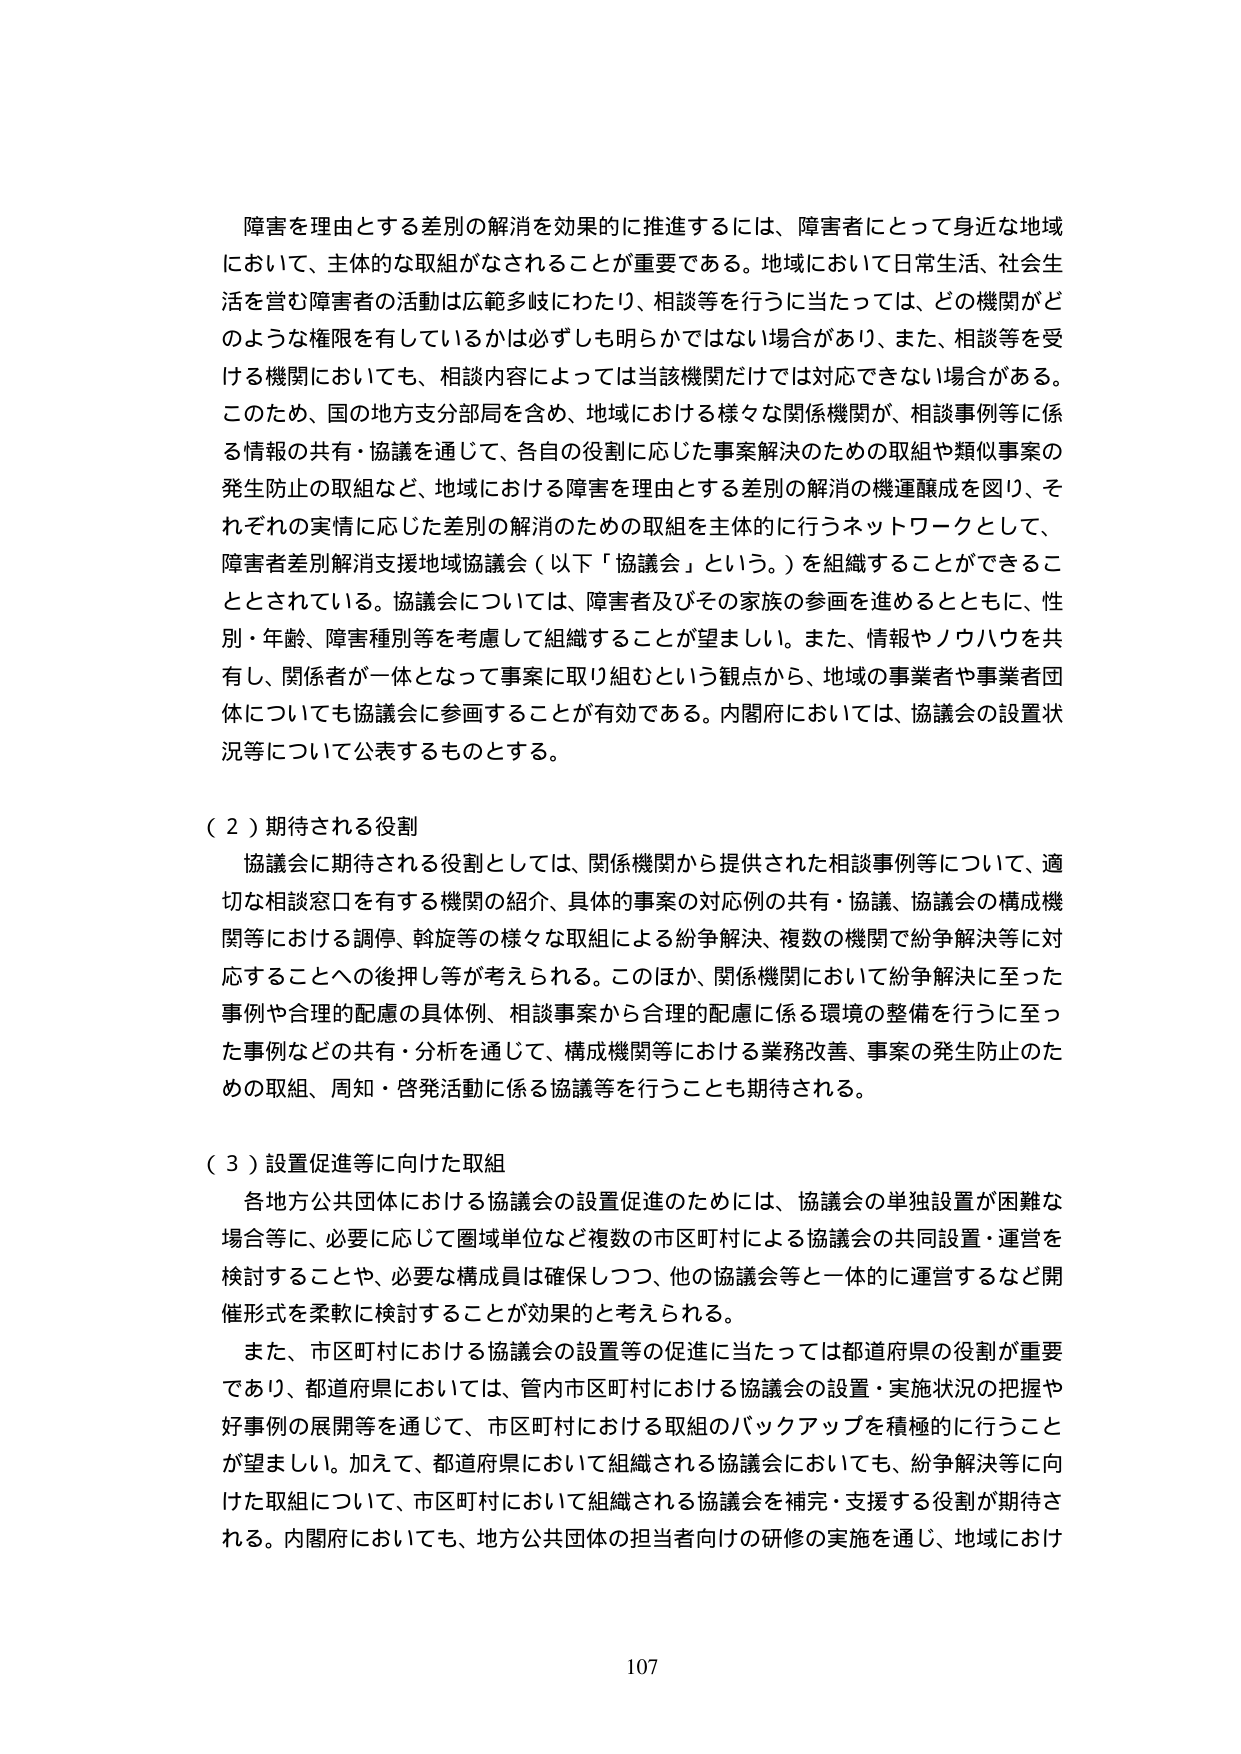
障害を理由とする差別の解消を効果的に推進するには、障害者にとって身近な地域において、主体的な取組がなされることが重要である。地域において日常生活、社会生活を営む障害者の活動は広範多岐にわたり、相談等を行うに当たっては、どの機関がどのような権限を有しているかは必ずしも明らかではない場合があり、また、相談等を受ける機関においても、相談内容によっては当該機関だけでは対応できない場合がある。このため、国の地方支分部局を含め、地域における様々な関係機関が、相談事例等に係る情報の共有・協議を通じて、各自の役割に応じた事案解決のための取組や類似事案の発生防止の取組など、地域における障害を理由とする差別の解消の機運醸成を図り、それぞれの実情に応じた差別の解消のための取組を主体的に行うネットワークとして、障害者差別解消支援地域協議会（以下「協議会」という。）を組織することができるこ ととされている。協議会については、障害者及びその家族の参画を進めるとともに、性別・年齢、障害種別等を考慮して組織することが望ましい。また、情報やノウハウを共有し、関係者が一体となって事案に取り組むという観点から、地域の事業者や事業者団体についても協議会に参画することが有効である。内閣府においては、協議会の設置状況等について公表するものとする。

（２）期待される役割
協議会に期待される役割としては、関係機関から提供された相談事例等について、適切な相談窓口を有する機関の紹介、具体的事案の対応例の共有・協議、協議会の構成機関等における調停、斡旋等の様々な取組による紛争解決、複数の機関で紛争解決等に対応することへの後押し等が考えられる。このほか、関係機関において紛争解決に至った事例や合理的配慮の具体例、相談事案から合理的配慮に係る環境の整備を行うに至った事例などの共有・分析を通じて、構成機関等における業務改善、事案の発生防止のための取組、周知・啓発活動に係る協議等を行うことも期待される。

（３）設置促進等に向けた取組
各地方公共団体における協議会の設置促進のためには、協議会の単独設置が困難な場合等に、必要に応じて圏域単位など複数の市区町村による協議会の共同設置・運営を検討することや、必要な構成員は確保しつつ、他の協議会等と一体的に運営するなど開催形式を柔軟に検討することが効果的と考えられる。
また、市区町村における協議会の設置等の促進に当たっては都道府県の役割が重要であり、都道府県においては、管内市区町村における協議会の設置・実施状況の把握や好事例の展開等を通じて、市区町村における取組のバックアップを積極的に行うことが望ましい。加えて、都道府県において組織される協議会においても、紛争解決等に向けた取組について、市区町村において組織される協議会を補完・支援する役割が期待される。内閣府においても、地方公共団体の担当者向けの研修の実施を通じ、地域におけ

107